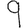
Digit: 9